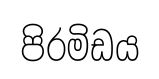
පිරමිඩය